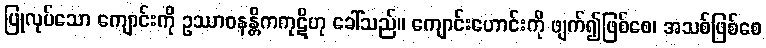
ပြုလုပ်သော ကျောင်းကို ဥဿာဝနန္တိကကုဋိဟု ခေါ်သည်။ ကျောင်းဟောင်းကို ဖျက်၍ဖြစ်စေ၊ အသစ်ဖြစ်စေ